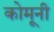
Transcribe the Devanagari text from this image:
कोमूनी